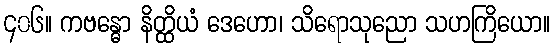
၄၀၆။ ကဗန္ဓော နိတ္ထိယံ ဒေဟော၊ သိရောသုညော သဟကြိယော။